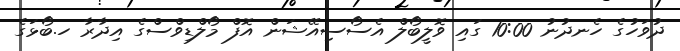
ދުވަހުގެ ހެނދުނު 10:00 ގައި ވޮލީބޯލް އެސޯސިއޭޝަން އޮފް މޯލްޑިވްސްގެ އިދާރާ ހ.ބޯޅަގެ